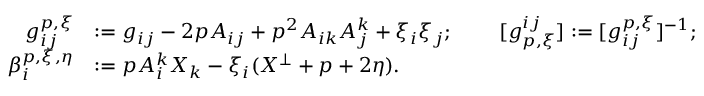
\begin{array} { r l r l } { g _ { i j } ^ { p , \xi } } & { : = g _ { i j } - 2 p A _ { i j } + p ^ { 2 } A _ { i k } A _ { j } ^ { k } + \xi _ { i } \xi _ { j } ; } & { \ } & { [ g _ { p , \xi } ^ { i j } ] : = [ g _ { i j } ^ { p , \xi } ] ^ { - 1 } ; } \\ { \beta _ { i } ^ { p , \xi , \eta } } & { : = p A _ { i } ^ { k } X _ { k } - \xi _ { i } ( X ^ { \perp } + p + 2 \eta ) . } \end{array}